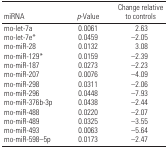
<table><thead><tr><td><b>miRNA</b></td><td><b><i>p</i>-Value</b></td><td><b>Change relative to controls</b></td></tr></thead><tbody><tr><td>rno-let-7a</td><td>0.0061</td><td>2.63</td></tr><tr><td>rno-let-7e*</td><td>0.0459</td><td>−2.05</td></tr><tr><td>rno-miR-28</td><td>0.0132</td><td>3.08</td></tr><tr><td>rno-miR-129*</td><td>0.0159</td><td>−2.39</td></tr><tr><td>rno-miR-187</td><td>0.0273</td><td>−2.23</td></tr><tr><td>rno-miR-207</td><td>0.0076</td><td>−4.09</td></tr><tr><td>rno-miR-298</td><td>0.0311</td><td>−2.06</td></tr><tr><td>rno-miR-296</td><td>0.0448</td><td>−7.93</td></tr><tr><td>rno-miR-376b-3p</td><td>0.0438</td><td>−2.44</td></tr><tr><td>rno-miR-488</td><td>0.0220</td><td>−2.07</td></tr><tr><td>rno-miR-489</td><td>0.0325</td><td>−3.55</td></tr><tr><td>rno-miR-493</td><td>0.0063</td><td>−5.64</td></tr><tr><td>rno-miR-598–5p</td><td>0.0173</td><td>−2.47</td></tr></tbody></table>